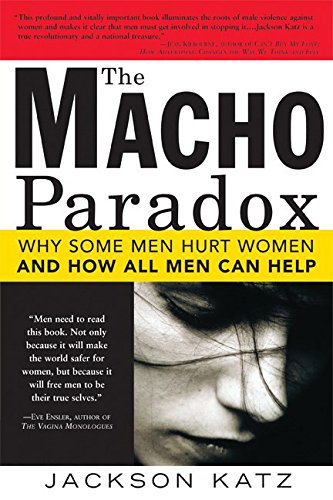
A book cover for The Macho Paradox: Why Some Men Hurt Women and and How All Men Can Help; Jackson Katz; Parenting & Relationships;